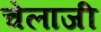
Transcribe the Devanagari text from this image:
चेलाजी